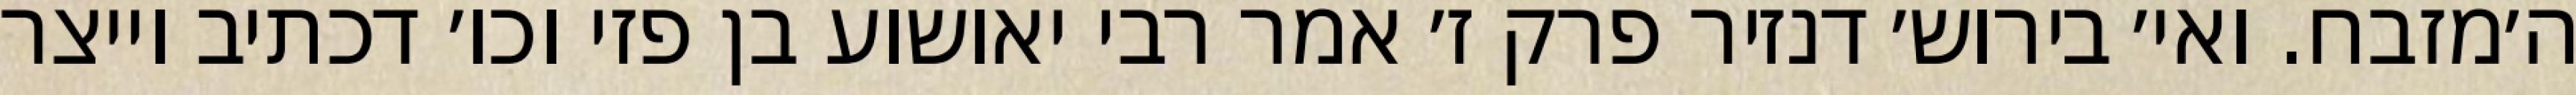
ה׳מזבח. ואי׳ בירוש׳ דנזיר פרק ז׳ אמר רבי יאושוע בן פזי וכו׳ דכתיב וייצר